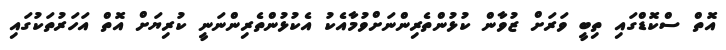
އޮތް ސްކޮޑްގައި ތިބީ ވަރަށް ޒުވާން ކުޅުންތެރިންނަށްވުމާއެކު އެކުޅުންތެރިންނަނީ ކުރިޔަށް އޮތް އަހަރުތަކުގައި